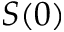
S ( 0 )